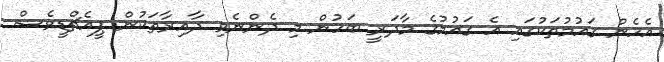
އެހެން ގައުމުތަކުގައި އެ ގައުމުގެ މާދަރީ ބަހުން މި ދެންނެވި ދާއިރާތަކުން ޕީއެޗްޑީވެސް